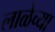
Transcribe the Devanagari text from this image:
लाळेच्या